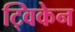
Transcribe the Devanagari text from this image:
ट्विकेन